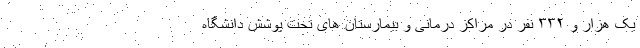
یک هزار و ۳۳۲ نفر در مراکز درمانی و بیمارستان های تحت پوشش دانشگاه